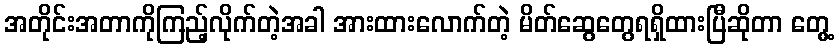
အတိုင်းအတာကိုကြည့်လိုက်တဲ့အခါ အားထားလောက်တဲ့ မိတ်ဆွေတွေရရှိထားပြီဆိုတာ တွေ့